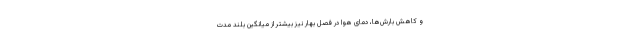
و کاهش بارش‌ها، دمای هوا در فصل بهار نیز بیشتر از میانگین بلند مدت